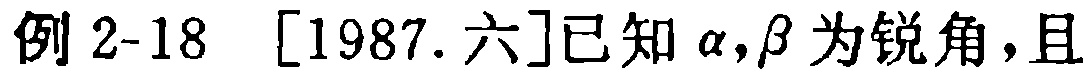
例 2-18 [1987. 六]已知\(\alpha,\beta\)为锐角，且